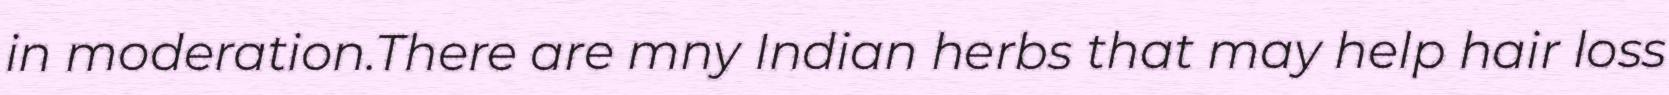
in moderation.There are mny Indian herbs that may help hair loss